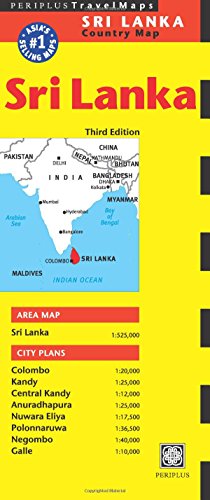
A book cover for Sri Lanka Travel Map Third Edition (Periplus Travel Maps: Country Map); Travel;